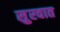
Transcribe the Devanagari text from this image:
सुुरवात